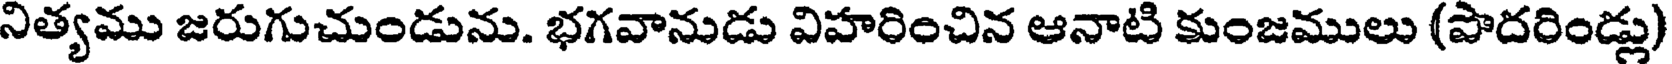
నిత్యము జరుగుచుండును. భగవానుడు విహరించిన ఆనాటి కుంజములు (పొదరిండ్లు)